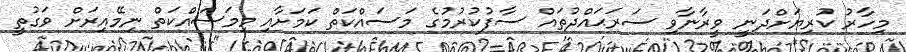
މިހާރު ކުރިޔަށްދަނީ ވީރާނާވި ސަރަޙައްދުތައް ސާފުކުރުމުގެ މަސައްކަތް ކަމަށާއި މިމަސައްކަތް ނިމޭއިރަށް ވަގުތީ